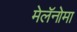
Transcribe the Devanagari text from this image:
मेलॅनोमा